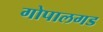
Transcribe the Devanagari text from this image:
गोपालगड